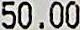
50.00